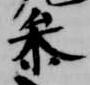
参